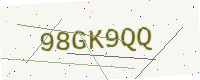
Text: 98GK9QQ